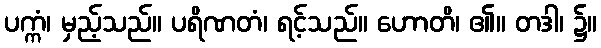
ပက္ကံ၊ မှည့်သည်။ ပရိဏတံ၊ ရင့်သည်။ ဟောတိ၊ ၏။ တဒါ၊ ၌။